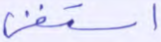
استغنى